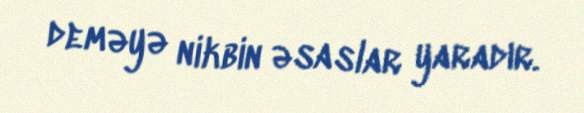
deməyə nikbin əsaslar yaradır.